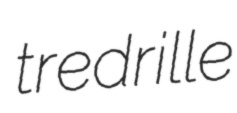
tredrille